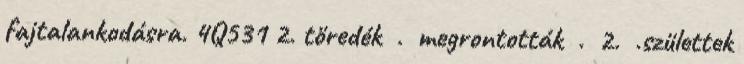
fajtalankodásra. 4Q531 2. töredék . megrontották . 2. .születtek